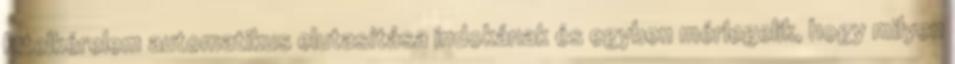
hitelkérelem automatikus elutasítása indokának és egyben mérlegelik, hogy milyen